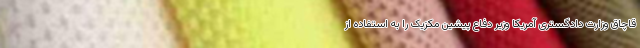
قاچاق وزارت دادگستری آمریکا وزیر دفاع پیشین مکزیک را به استفاده از